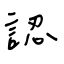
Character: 認